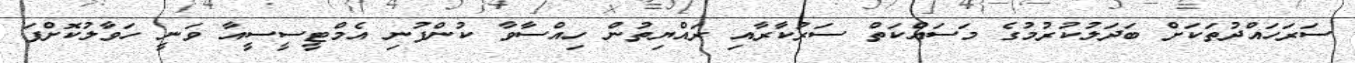
ސަރަަހައްދުތަކަށް ބަދަލުކުރުމުގެ މަސައްކަތް ސަރުކާރާއި ރައްޔިތުން ހިއްސާވާ ކުންފުނި އެމްޓީސީސީއާ ވަނީ ހަވާލުކޮށްފަ